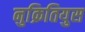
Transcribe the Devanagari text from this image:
नुक्रितियुस